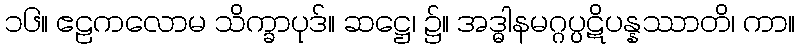
၁၆။ ဧဠကလောမ သိက္ခာပုဒ်။ ဆဋ္ဌေ၊ ၌။ အဒ္ဓါနမဂ္ဂပ္ပဋိပန္နဿာတိ၊ ကာ။